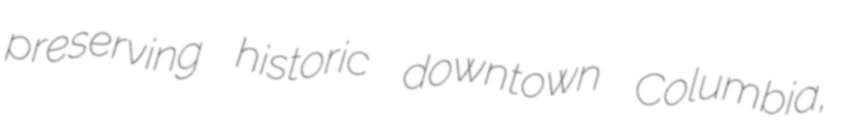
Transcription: preserving historic downtown Columbia,